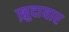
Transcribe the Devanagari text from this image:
ख़ुदायार